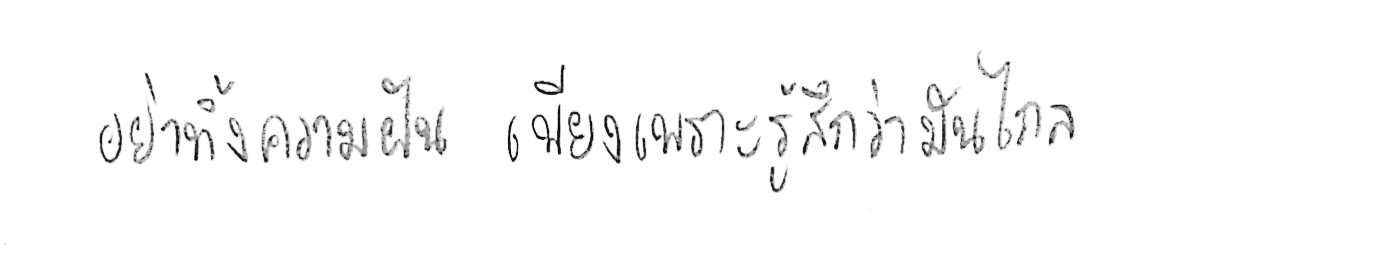
อย่าทิ้งความฝัน เพียงเพราะรู้สึกว่ามันไกล